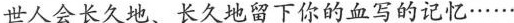
世人会长久地、长久地留下你的血写的记忆……